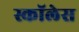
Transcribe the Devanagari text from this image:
स्कॉलेस